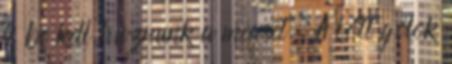
is be kell húznunk a meccset. A lőtt gólok